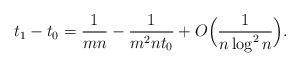
LaTeX: \begin{align*}t_1-t_0={1\over mn}-{1\over m^2nt_0}+O\Bigl({1\over n\log^2{n}}\Bigr).\end{align*}